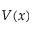
V ( x )